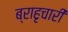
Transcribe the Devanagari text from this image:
ब्राहृचारी